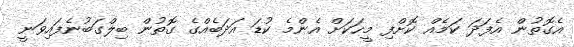
އެގޮތުން އެފަދަ ކަމެއް ކޮށްފި މީހަކަށް އެންމެ ކުޑަ އަދަބެއްގެ ގޮތުން ބިލްގަބުނެފައިވަނީ